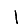
Digit: 1